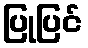
ပြုပြင်